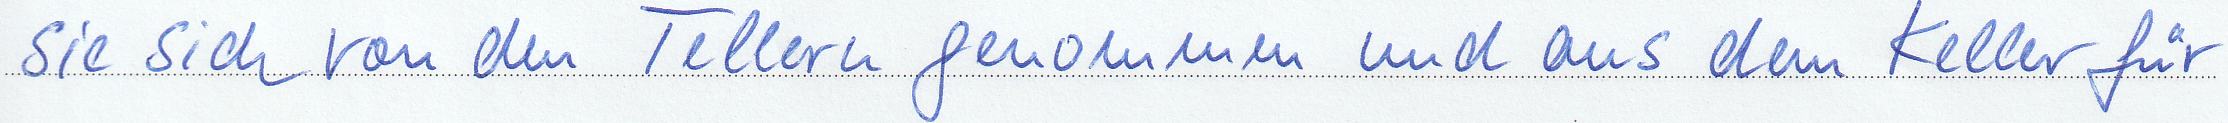
sie sich von den Tellern genommen und aus dem Keller für